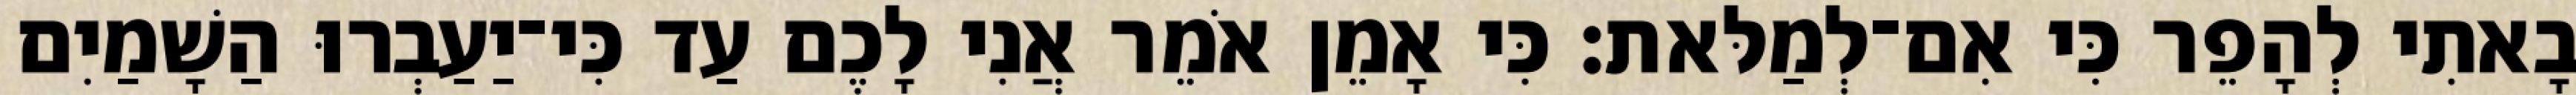
בָאתִי לְהָפֵר כִּי אִם־לְמַלּאת׃ כִּי אָמֵן אֹמֵר אֲנִי לָכֶם עַד כִּי־יַעַבְרוּ הַשָׁמַיִם